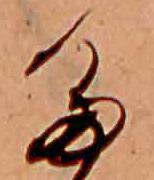
た